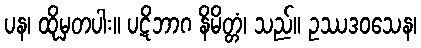
ပန၊ ထိုမှတပါး။ ပဋိဘာဂ နိမိတ္တံ၊ သည်။ ဥဿဒဝသေန၊